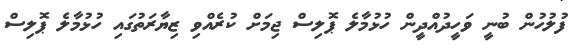
ފުލުހުން ބުނީ ވަހީދުއްދީން ހުޅުމާލެ ޕޮލިސް ޖިމަށް ކުރެއްވި ޒިޔާރަތުގައި ހުޅުމާލެ ޕޮލިސް